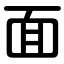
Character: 面